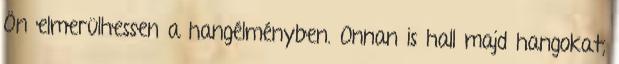
Ön elmerülhessen a hangélményben. Onnan is hall majd hangokat,